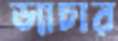
ড্যাচার